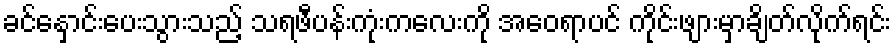
ခင်နှောင်းပေးသွားသည့် သရဖီပန်းကုံးကလေးကို အဝေရာပင် ကိုင်းဖျားမှာချိတ်လိုက်ရင်း